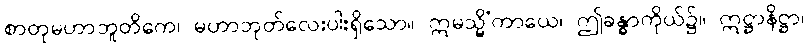
စာတုမဟာဘူတိကေ၊ မဟာဘုတ်လေးပါးရှိသော။ ဣမသ္မိံကာယေ၊ ဤခန္ဓာကိုယ်၌။ ဣဋ္ဌာနိဋ္ဌာ၊